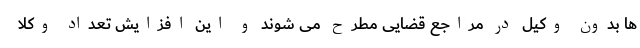
ها بدون وکیل در مراجع قضایی مطرح می شوند و این افزایش تعداد وکلا